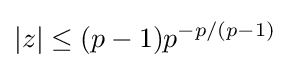
|z|\leq (p-1)p^{-p/(p-1)}